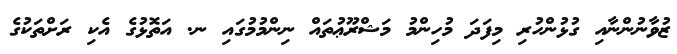
ޒުވާނުންނާއި ގުޅުންހުރި މިފަދަ މުހިންމު މަޝްރޫޢުތައް ނިންމުމުގައި ނ. އަތޮޅުގެ އެކި ރަށްތަކުގެ